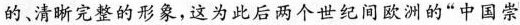
的、清晰完整的形象，这为此后两个世纪间欧洲的”中国崇